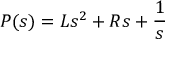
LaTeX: P ( s ) = L s ^ { 2 } + R s + { \frac { 1 } { s } }